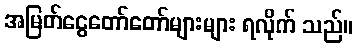
အမြတ်ငွေတော်တော်များများ ရလိုက် သည်။